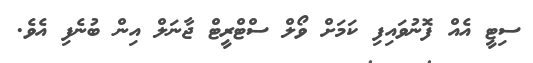
ސިޓީ އެއް ފޮނުވައިފި ކަމަށް ވޯލް ސްޓްރީޓް ޖާނަލް އިން ބުނެފި އެވެ.